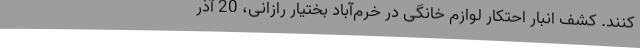
کنند. کشف انبار احتکار لوازم خانگی در خرم‌آباد بختیار رازانی، 20 آذر